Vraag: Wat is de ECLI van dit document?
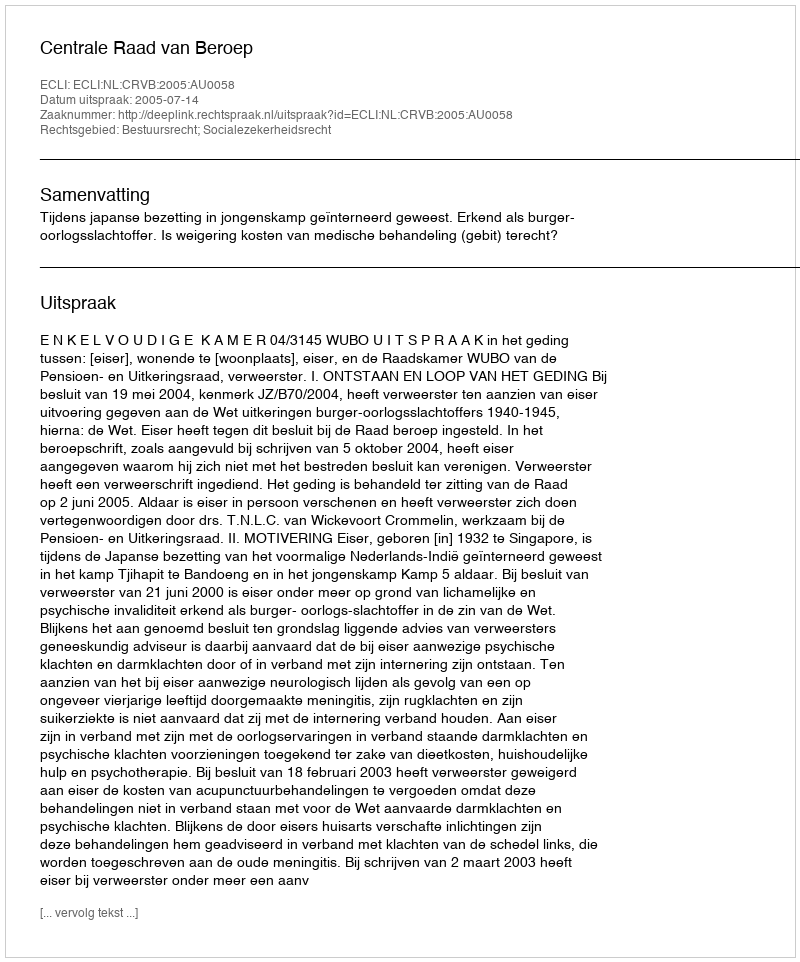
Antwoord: ECLI:NL:CRVB:2005:AU0058